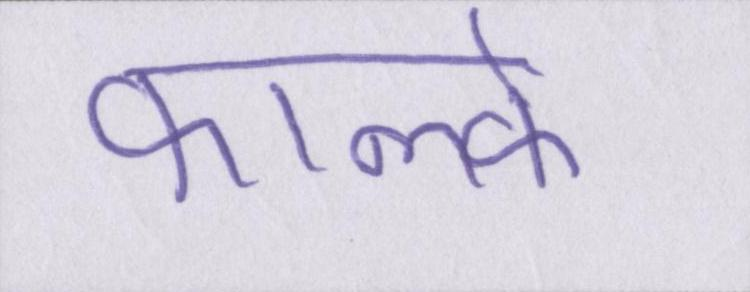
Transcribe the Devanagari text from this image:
फाल्के